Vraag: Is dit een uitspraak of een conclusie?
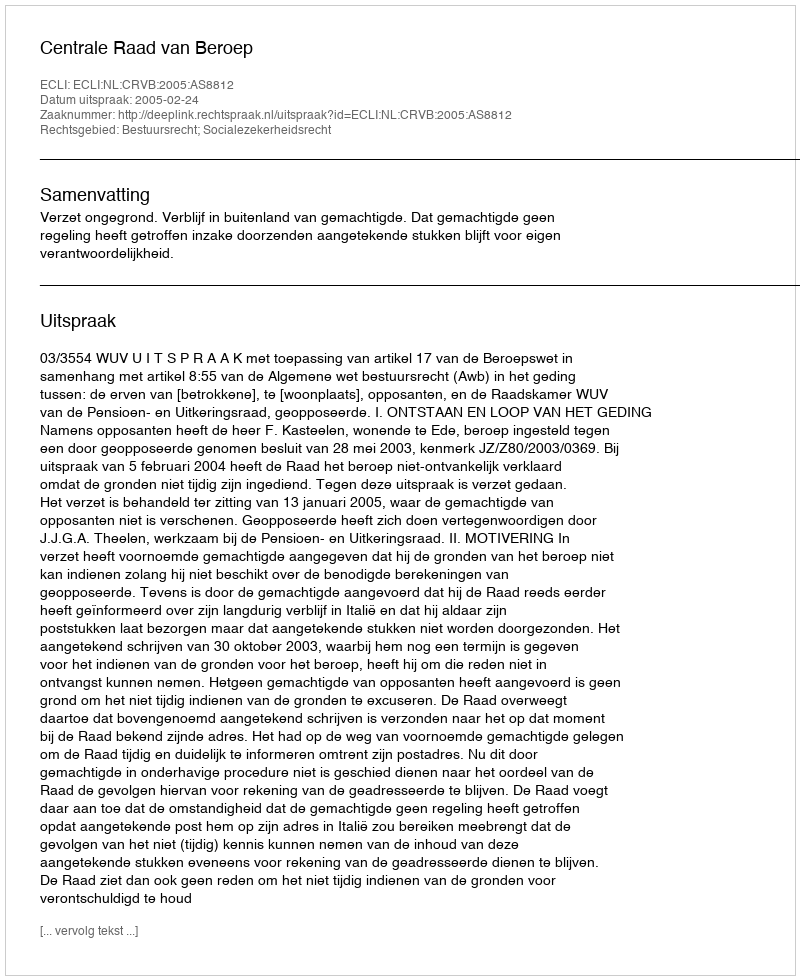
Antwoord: Uitspraak